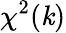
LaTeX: \chi^{2}(\mathit{k})